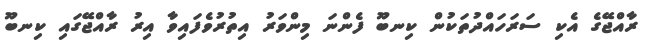
ރާއްޖޭގެ އެކި ސަރަހައްދުތަކުން ކިނބޫ ފެންނަ މިންވަރު އިތުރުވެފައިވާ އިރު ރާއްޖޭގައި ކިނބޫ